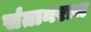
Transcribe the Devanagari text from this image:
संतानराज